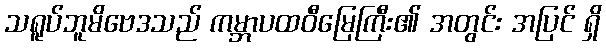
သရူပ်ဘူမိဗေဒသည် ကမ္ဘာပထဝီမြေကြီး၏ အတွင်း အပြင် ရှိ